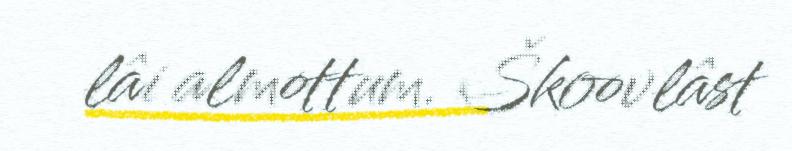
lâi almottum. Škoovlâst